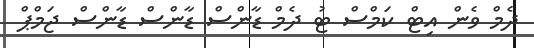
ދެމް ވެން އިޓް ކަމްސް ޓު ދެމް ޑާންސް ޑާންސް ޑާންސް ޖަމްޕް